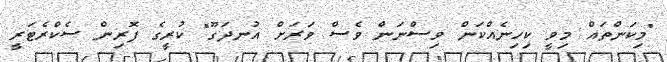
"މިކަންތައް މިވީ ކިހިނެއްކަން ވިސްނަން ވެސް ވަރަށް އުނދަގޫ" ކުރީގެ ފޮރިން ސެކްރެޓަރީ